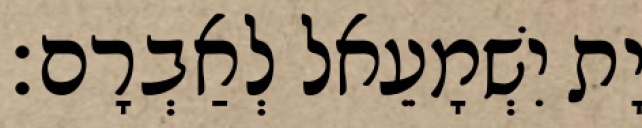
יָת יִשְׁמָעֵאל לְאַבְרָם׃